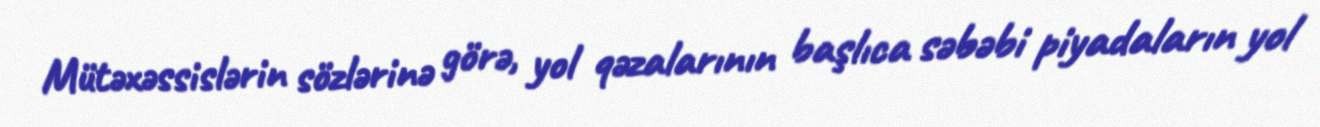
Mütəxəssislərin sözlərinə görə, yol qəzalarının başlıca səbəbi piyadaların yol